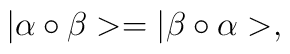
| \alpha \circ \beta >= | \beta \circ \alpha >,